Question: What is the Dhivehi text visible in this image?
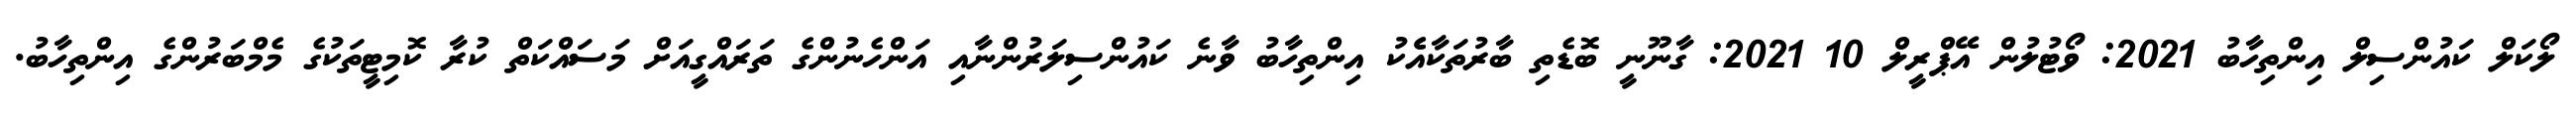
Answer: ލޯކަލް ކައުންސިލް އިންތިހާބު 2021: ވޯޓުލުން އޭޕްރީލް 10 2021: ގާނޫނީ ބޮޑެތި ބާރުތަކާއެެކު އިންތިހާބު ވާނެ ކައުންސިލަރުންނާއި އަންހެނުންގެ ތަރައްގީއަށް މަސައްކަތް ކުރާ ކޮމިޓީތަކުގެ މެމްބަރުންގެ އިންތިހާބު.